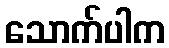
သောက်ပါက